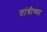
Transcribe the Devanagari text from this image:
तांबीच्या